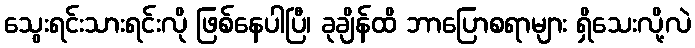
သွေးရင်းသားရင်းလို ဖြစ်နေပါပြီ၊ ခုချိန်ထိ ဘာပြောစရာများ ရှိသေးလို့လဲ